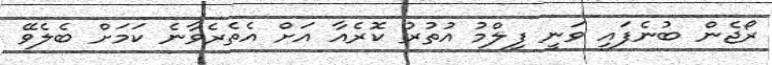
ރޯޖެން ބުނެފައި ވަނީ ފިލްމު އުތުރު ކޮރެއާ އަށް އެތެރެވާނެ ކަމަށް ބެލެވޭ